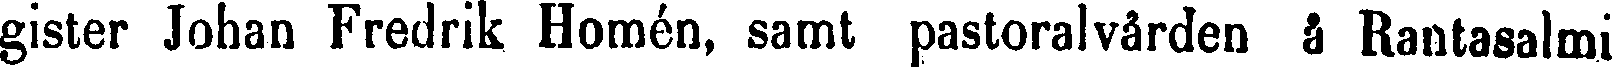
gister Johan Fredrik Homén, samt pastoral vården å Rantasalmi